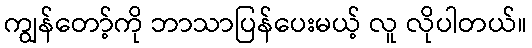
ကျွန်တော့်ကို ဘာသာပြန်ပေးမယ့် လူ လိုပါတယ်။